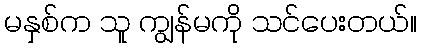
မနှစ်က သူ ကျွန်မကို သင်ပေးတယ်။